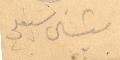
ميشال سبعلي